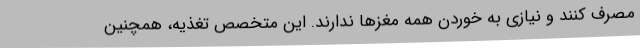
مصرف کنند و نیازی به خوردن همه مغزها ندارند. این متخصص تغذیه، همچنین